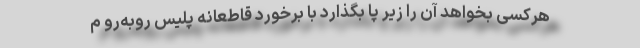
هرکسی بخواهد آن را زیر پا بگذارد با برخورد قاطعانه پلیس روبه‌رو م